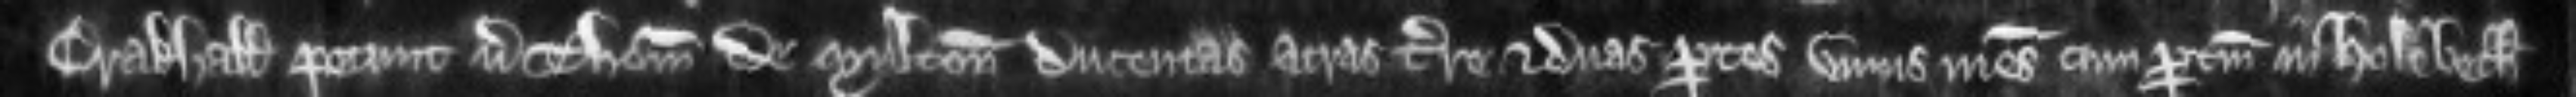
Crakhall petunt versus Thomam de Multon ducentas acras terre et duas partes unius mesuagii cum pertinenciis in Holebech